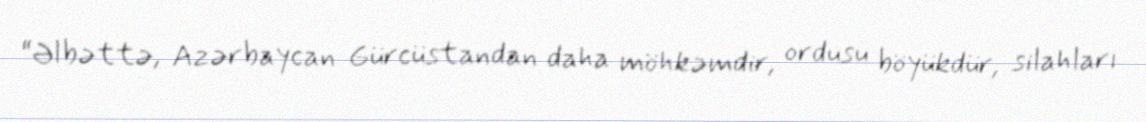
“Əlbəttə, Azərbaycan Gürcüstandan daha möhkəmdir, ordusu böyükdür, silahları